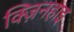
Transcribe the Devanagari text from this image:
क्ज़िनहाइ